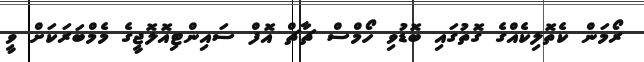
ރޯމަން ކެތޮލިކެއްގެ ގޮތުގައި ބޮޑުވި ހޯމްސް ޗާޗް އޮފް ސައިންޓިއޮލޮޖީގެ މެމްބަރަކަށް ވީ